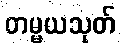
တမ္မယသုတ်